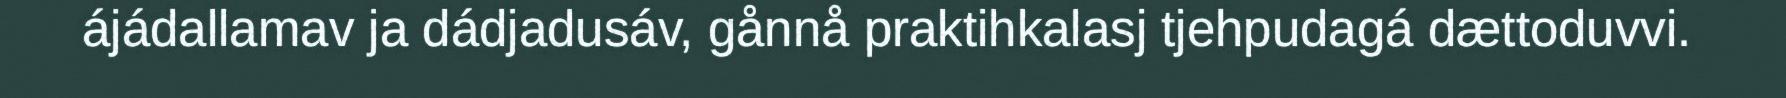
ájádallamav ja dádjadusáv, gånnå praktihkalasj tjehpudagá dættoduvvi.